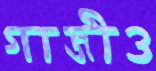
গাজীও